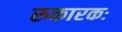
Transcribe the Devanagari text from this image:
रुकारकः